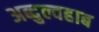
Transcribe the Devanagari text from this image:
अब्दुल्वहाब